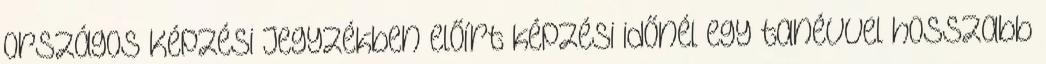
Országos Képzési Jegyzékben előírt képzési időnél egy tanévvel hosszabb